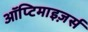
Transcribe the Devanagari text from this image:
ऑप्टिमाइज़र्स